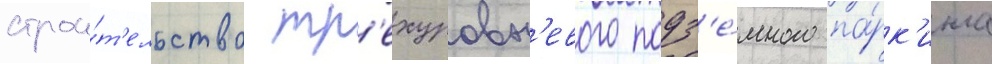
строи́т'ельство тр'ехуровн'евого подз'е́много па́рк'инга